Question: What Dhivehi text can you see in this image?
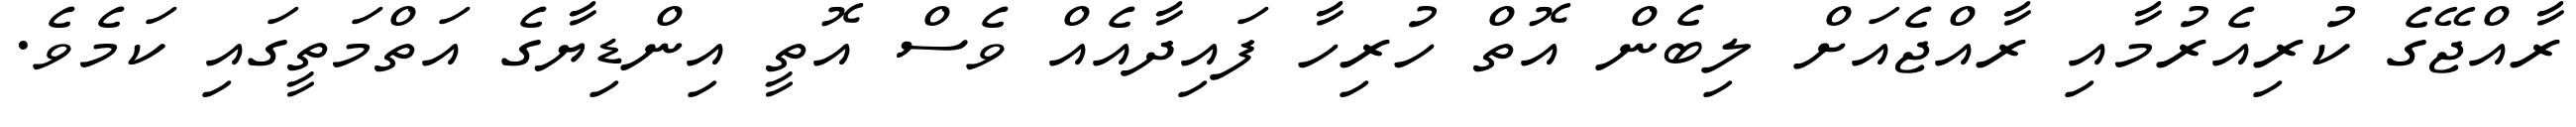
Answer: ރާއްޖޭގެ ކުރިއެރުމާއި ރާއްޖެއަށް ލިބެން އޮތް ހުރިހާ ފައިދާއެއް ވެސް އޮތީ އިންޑިޔާގެ އަތްމަތީގައި ކަމެވެ.